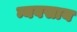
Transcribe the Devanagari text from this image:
न्यवसाय